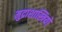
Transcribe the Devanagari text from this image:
मुद्राशास्त्रियों